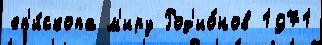
еп'и́скопа м'иру Род'ио́нов 1971